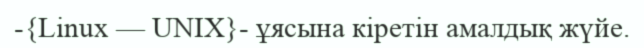
-{Linux — UNIX}- ұясына кіретін амалдық жүйе.